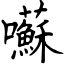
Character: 囌